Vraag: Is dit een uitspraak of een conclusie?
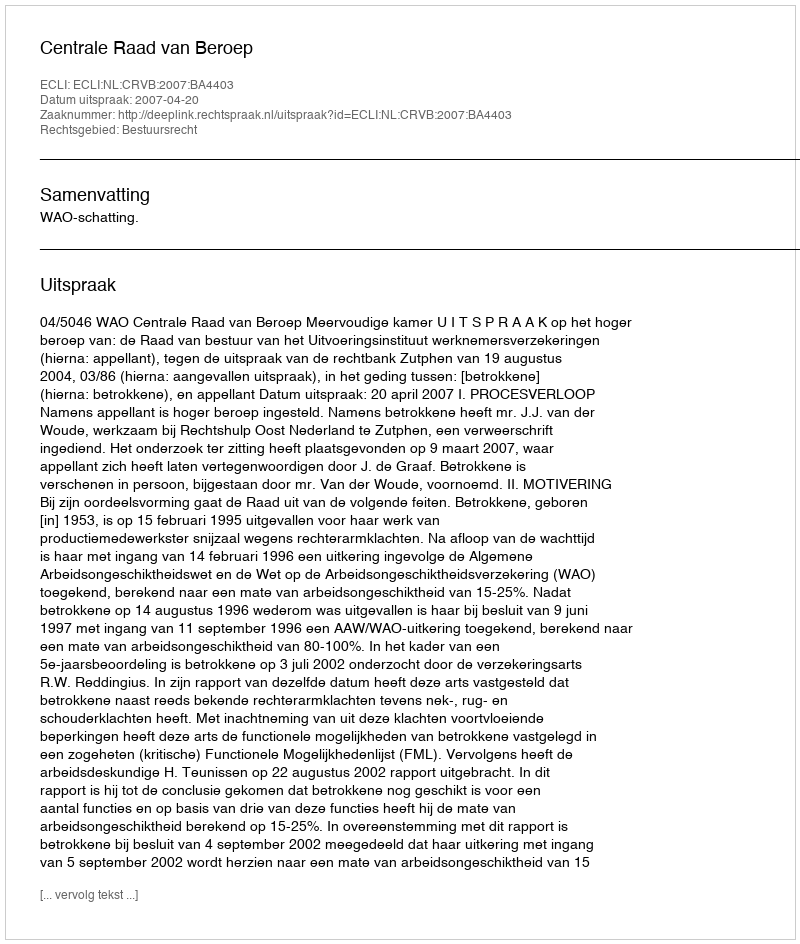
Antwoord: Uitspraak